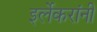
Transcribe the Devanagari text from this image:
इर्लेकरांनी